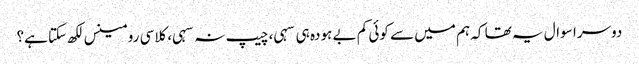
دوسرا سوال یہ تھا کہ ہم میں سے کوئی کم بے ہودہ ہی سہی، چیپ نہ سہی، کلاسی رومینس لکھ سکتا ہے؟